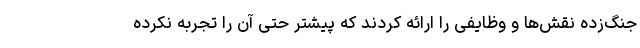
جنگ‌زده نقش‌ها و وظایفی را ارائه کردند که پیشتر حتی آن را تجربه نکرده